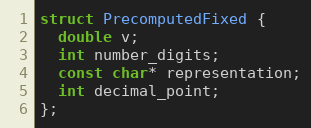
Language: C
struct PrecomputedFixed {
  double v;
  int number_digits;
  const char* representation;
  int decimal_point;
};